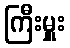
ကြီးမှူး